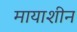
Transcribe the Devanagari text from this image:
मायाशीन